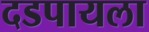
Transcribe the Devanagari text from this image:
दडपायला